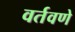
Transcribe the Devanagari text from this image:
वर्तवणे